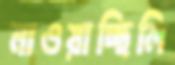
নাওয়াচ্ছিলি